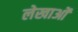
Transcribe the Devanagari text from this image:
लेखाओं